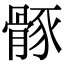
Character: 𩩒